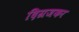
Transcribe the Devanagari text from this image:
दिग्रजकर